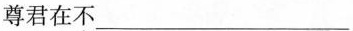
尊君在不___